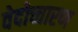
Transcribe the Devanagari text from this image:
वेदोच्चारण